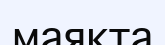
маякта